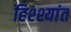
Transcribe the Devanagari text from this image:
हिश्श्यांत